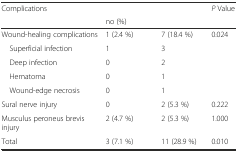
<table><thead><tr><td rowspan="2"><b>Complications</b></td><td>[EMPTY_CELL]</td><td>[EMPTY_CELL]</td><td rowspan="2"><b><i>P</i> Value</b></td></tr><tr><td><b>no (%)</b></td><td>[EMPTY_CELL]</td></tr></thead><tbody><tr><td>Wound-healing complications</td><td>1 (2.4 %)</td><td>7 (18.4 %)</td><td rowspan="5">0.024</td></tr><tr><td> Superficial infection</td><td>1</td><td>3</td></tr><tr><td> Deep infection</td><td>0</td><td>2</td></tr><tr><td> Hematoma</td><td>0</td><td>1</td></tr><tr><td> Wound-edge necrosis</td><td>0</td><td>1</td></tr><tr><td>Sural nerve injury</td><td>0</td><td>2 (5.3 %)</td><td>0.222</td></tr><tr><td>Musculus peroneus brevis injury</td><td>2 (4.7 %)</td><td>2 (5.3 %)</td><td>1.000</td></tr><tr><td>Total</td><td>3 (7.1 %)</td><td>11 (28.9 %)</td><td>0.010</td></tr></tbody></table>